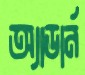
অ্যাডার্ন